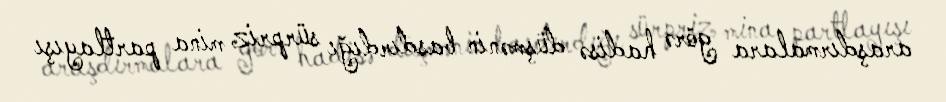
araşdırmalara görə hadisə düşmənin basdırdığı sürpriz mina partlayışı